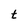
Character: t